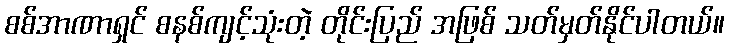
စစ်အာဏာရှင် စနစ်ကျင့်သုံးတဲ့ တိုင်းပြည် အဖြစ် သတ်မှတ်နိုင်ပါတယ်။